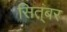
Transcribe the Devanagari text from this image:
सित्ंबर